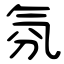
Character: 氛